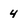
Character: 4